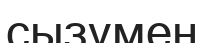
сызумен